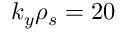
k _ { y } \rho _ { s } = 2 0